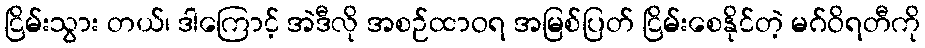
ငြိမ်းသွား တယ်၊ ဒါကြောင့် အဲဒီလို အစဉ်ထာဝရ အမြစ်ပြတ် ငြိမ်းစေနိုင်တဲ့ မဂ်ဝိရတီကို